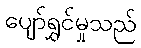
ပျော်ရွှင်မှုသည်